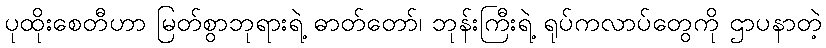
ပုထိုးစေတီဟာ မြတ်စွာဘုရားရဲ့ ဓာတ်တော်၊ ဘုန်းကြီးရဲ့ ရုပ်ကလာပ်တွေကို ဌာပနာတဲ့